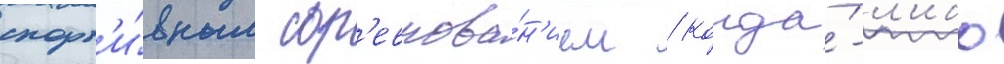
спорт'и́вным сор'евнова́н'ием / когда́-л'ибо